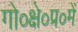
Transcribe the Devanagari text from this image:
गो०क्षे०प्र०में